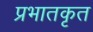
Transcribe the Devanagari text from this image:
प्रभातकृत